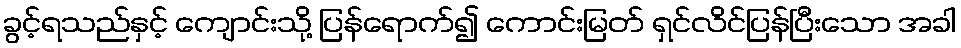
ခွင့်ရသည်နှင့် ကျောင်းသို့ ပြန်ရောက်၍ ကောင်းမြတ် ရှင်လိင်ပြန်ပြီးသော အခါ